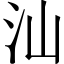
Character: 汕